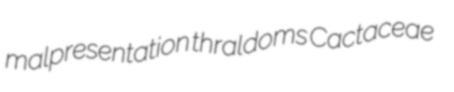
malpresentation thraldoms Cactaceae